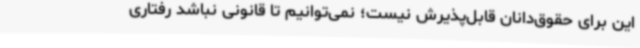
این برای حقوق‌دانان قابل‌پذیرش نیست؛ نمی‌توانیم تا قانونی نباشد رفتاری